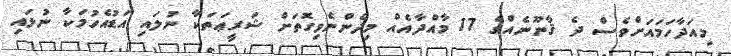
މިއަދާހަމައަށްވެސް ދެ ޤާނޫނެއްގެ 17 މާއްދާއެއް މިދެންނެވިގޮތަށް ޝަރީޢަތަކާ ނުލައި އަޑުއެހުމަކާ ނުލައި